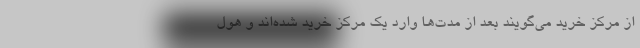
از مرکز خرید می‌گویند بعد از مدت‌ها وارد یک مرکز خرید شده‌اند و هول